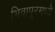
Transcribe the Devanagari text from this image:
भिवापूरमध्ये